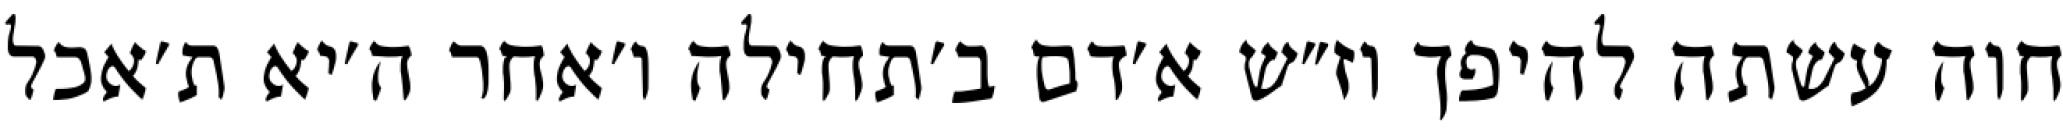
חוה עשתה להיפך וז״ש א׳דם ב׳תחילה ו׳אחר ה׳יא ת׳אכל